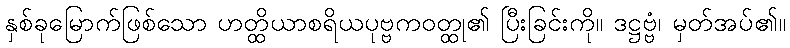
နှစ်ခုမြောက်ဖြစ်သော ဟတ္ထိယာစရိယပုဗ္ဗကဝတ္ထု၏ ပြီးခြင်းကို။ ဒဋ္ဌဗ္ဗံ၊ မှတ်အပ်၏။